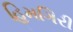
હિમગિરી